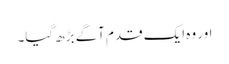
اور وہ ایک قدم آگے بڑھ گیا۔